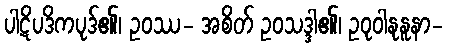
ပါဋိပဒိကပုဒ်၏၊ ဥဝဿ- အစိတ် ဥဝသဒ္ဒါ၏၊ ဥဝုဝါနုနူနာ-